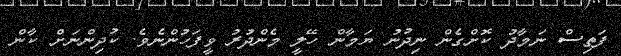
ފަތިސް ނަމާދު ކޮށްގެން ނިދުނު ޔަމާން ހޭލީ މެންދުރު ވީފަހުންނެވެ. ކުދިންނަށް ކާން